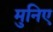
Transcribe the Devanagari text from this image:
मुनिए